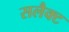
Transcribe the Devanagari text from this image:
सलैक्ट